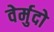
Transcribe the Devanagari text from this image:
वेर्मुदो